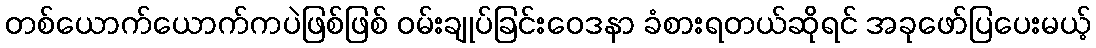
တစ်ယောက်ယောက်ကပဲဖြစ်ဖြစ် ဝမ်းချုပ်ခြင်းဝေဒနာ ခံစားရတယ်ဆိုရင် အခုဖော်ပြပေးမယ့်